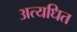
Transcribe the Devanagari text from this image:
अत्यधित